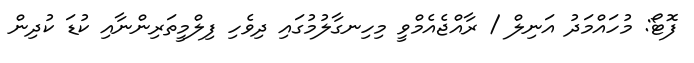
ފޮޓޯ: މުހައްމަދު އަނިލް / ރާއްޖެއެމްވީ މިހިނގާލުމުގައި ދިވެހި ފިލްމީތަރިންނާއި ކުޑަ ކުދިން